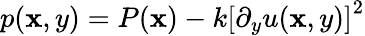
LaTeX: p(\mathbf{x},y)=P(\mathbf{x})-k{[\partial_{y}u(\mathbf{x},y)]}^{2}